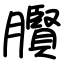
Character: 臔